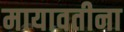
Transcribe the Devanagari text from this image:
मायावतीना